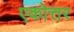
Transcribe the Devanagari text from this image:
एकोत्तर